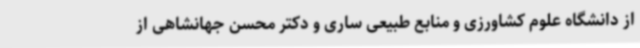
از دانشگاه علوم کشاورزی و منابع طبیعی ساری و دکتر محسن جهانشاهی از